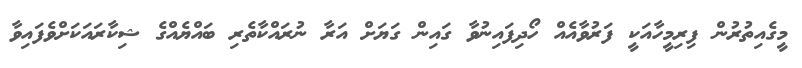
މީގެއިތުރުން ފިރިމީހާއަކީ ފަރުވާއެއް ހޯދިފައިނުވާ ގައިން ގަޔަށް އަރާ ނުރައްކާތެރި ބައްޔެއްގެ ޝިކާރައަކަށްވެފައިވާ